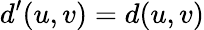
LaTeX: d^{\prime}(u,v)=d(u,v)